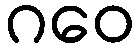
ဂဝေ